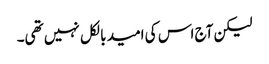
لیکن آج اس کی امید بالکل نہیں تھی۔